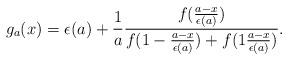
LaTeX: \begin{align*}g_a(x)= \epsilon(a) + \frac{1}{a}\frac{f(\frac{a-x}{\epsilon(a)})} {f(1-\frac{a-x}{\epsilon(a)}) + f(1\frac{a-x}{\epsilon(a)})}.\end{align*}